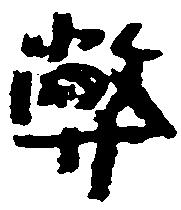
弊